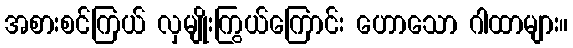
အစားစင်ကြယ် လှမျိုးကြွယ်ကြောင်း ဟောသော ဂါထာများ။